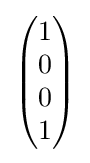
{\begin{pmatrix}1\\0\\0\\1\end{pmatrix}}